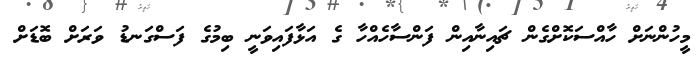
މީހުންނަށް ހާއްސަކޮށްގެން ޗައިނާއިން ފަންސާހެއްހާ ގެ އަޅާފައިވަނީ ބިމުގެ ފަސްގަނޑު ވަރަށް ބޮޑަށް